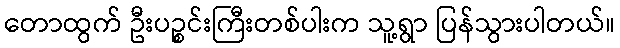
တောထွက် ဦးပဉ္စင်းကြီးတစ်ပါးက သူ့ရွာ ပြန်သွားပါတယ်။